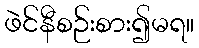
ဖဲင်နီစဉ်းစား၍မရ။